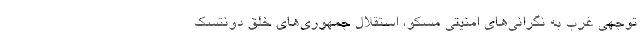
‌توجهی غرب به نگرانی‌های امنیتی مسکو، استقلال جمهوری‌های خلق دونتسک